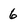
Character: 6